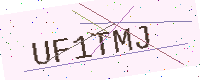
Text: UF1TMJ